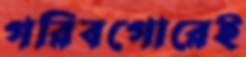
গরিবগোরেই